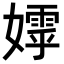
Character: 𭒢